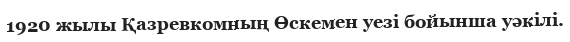
1920 жылы Қазревкомның Өскемен уезі бойынша уәкілі.